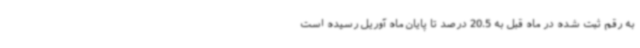
به رقم ثبت شده در ماه قبل به 20.5 درصد تا پایان ماه آوریل رسیده است